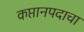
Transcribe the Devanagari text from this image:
कप्तानपदाचा